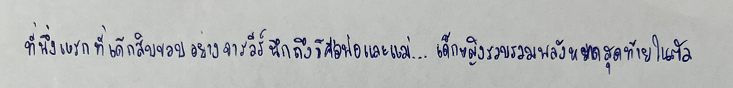
ที่พึ่งแรกที่เด็กสิบขวบอย่างจารวีร์นึกถึงก็คือพ่อและแม่...เด็กหญิงรวบรวมพลังหยาดสุดท้ายในตัว